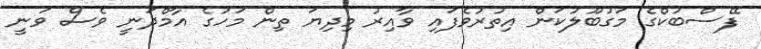
ފޭސްބުކްގެ މަގުބޫލުކަން އިތުރުވެފައި ވާއިރު މިދިޔަ ތިން މަހުގެ އާމްދަނީ ވެސް ވަނީ